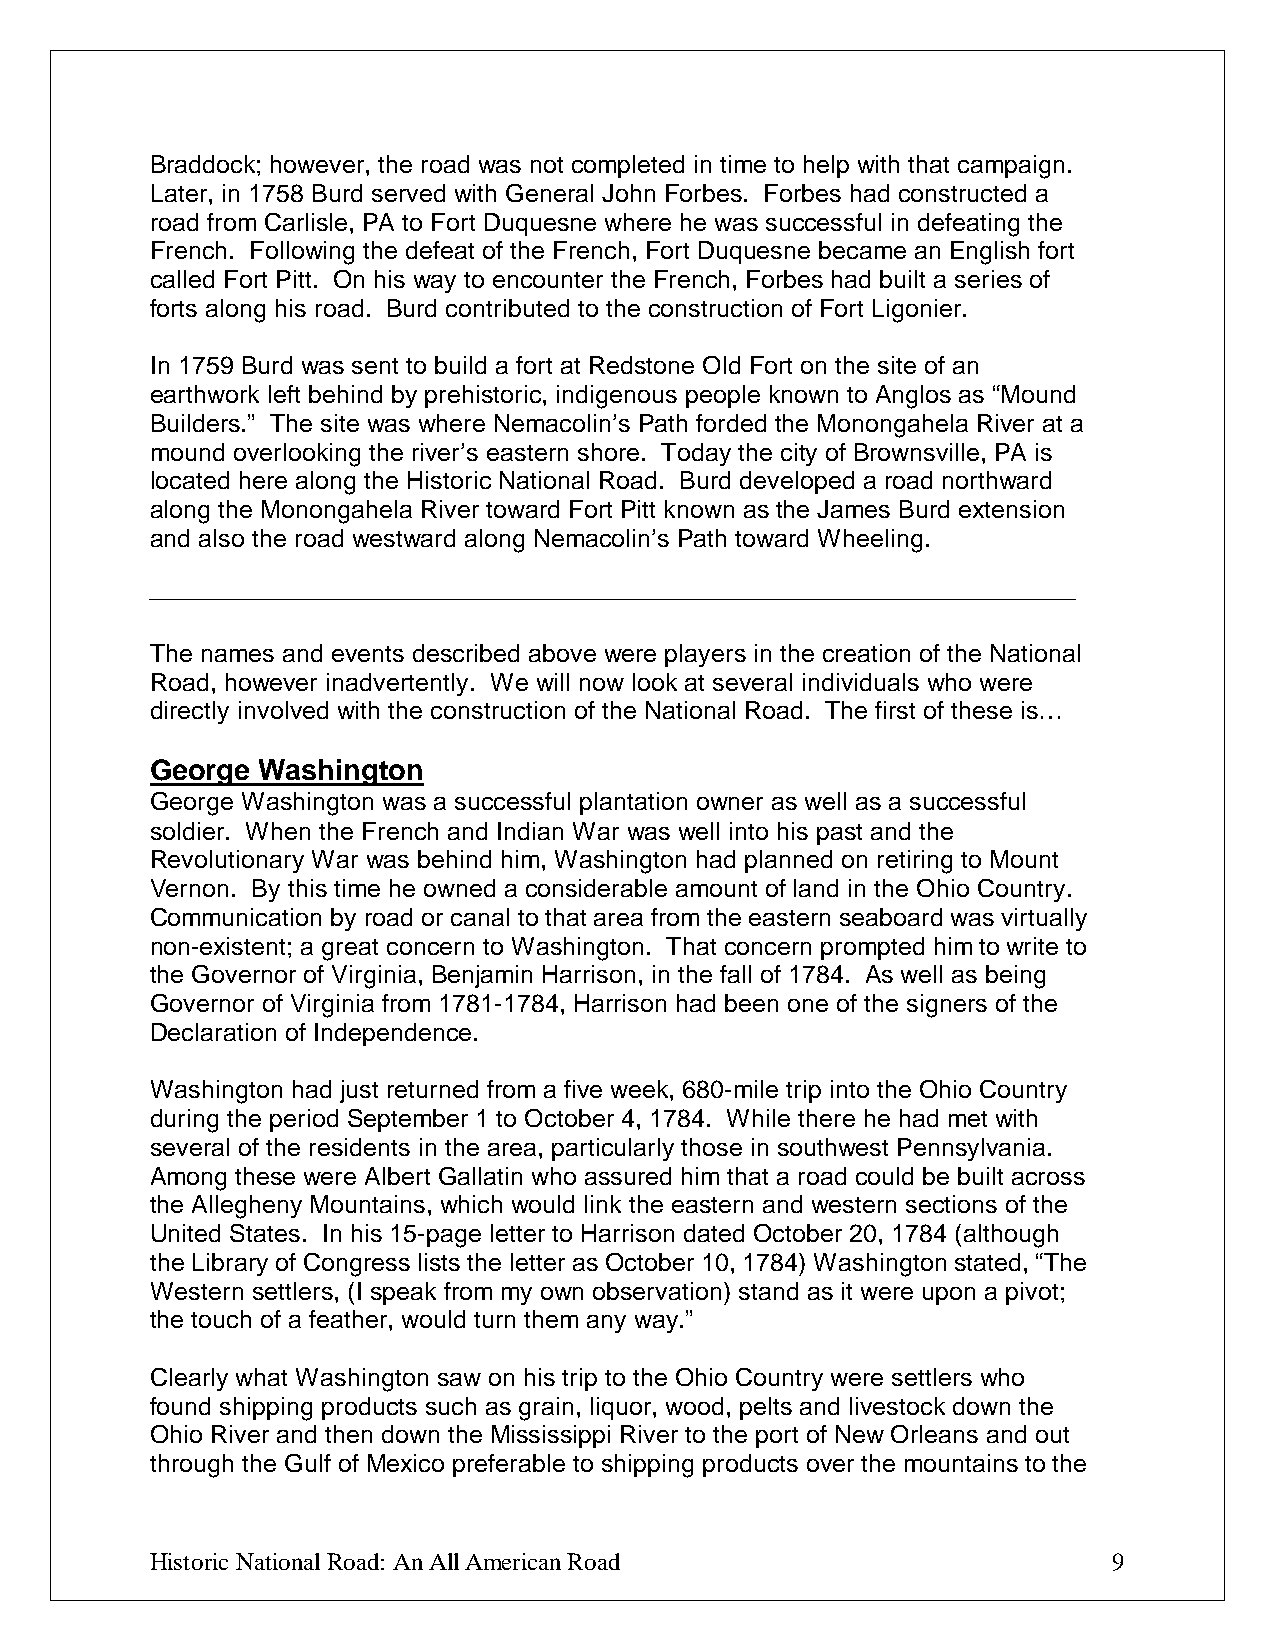
Braddock; however, the road was not completed in time to help with that campaign.
 Later, in 1758 Burd served with General John Forbes. Forbes had constructed a
 road from Carlisle, PA to Fort Duquesne where he was successful in defeating the
 French. Following the defeat of the French, Fort Duquesne became an English fort
 called Fort Pitt. On his way to encounter the French, Forbes had built a series of
 forts along his road. Burd contributed to the construction of Fort Ligonier.
 In 1759 Burd was sent to build a fort at Redstone Old Fort on the site of an
 earthwork left behind by prehistoric, indigenous people known to Anglos as “Mound
 Builders.” The site was where Nemacolin’s Path forded the Monongahela River at a
 mound overlooking the river’s eastern shore. Today the city of Brownsville, PA is
 located here along the Historic National Road. Burd developed a road northward
 along the Monongahela River toward Fort Pitt known as the James Burd extension
 and also the road westward along Nemacolin’s Path toward Wheeling.
 The names and events described above were players in the creation of the National
 Road, however inadvertently. We will now look at several individuals who were
 directly involved with the construction of the National Road. The first of these is…
 George Washington
 George Washington was a successful plantation owner as well as a successful
 soldier. When the French and Indian War was well into his past and the
 Revolutionary War was behind him, Washington had planned on retiring to Mount
 Vernon. By this time he owned a considerable amount of land in the Ohio Country.
 Communication by road or canal to that area from the eastern seaboard was virtually
 non-existent; a great concern to Washington. That concern prompted him to write to
 the Governor of Virginia, Benjamin Harrison, in the fall of 1784. As well as being
 Governor of Virginia from 1781-1784, Harrison had been one of the signers of the
 Declaration of Independence.
 Washington had just returned from a five week, 680-mile trip into the Ohio Country
 during the period September 1 to October 4, 1784. While there he had met with
 several of the residents in the area, particularly those in southwest Pennsylvania.
 Among these were Albert Gallatin who assured him that a road could be built across
 the Allegheny Mountains, which would link the eastern and western sections of the
 United States. In his 15-page letter to Harrison dated October 20, 1784 (although
 the Library of Congress lists the letter as October 10, 1784) Washington stated, “The
 Western settlers, (I speak from my own observation) stand as it were upon a pivot;
 the touch of a feather, would turn them any way.”
 Clearly what Washington saw on his trip to the Ohio Country were settlers who
 found shipping products such as grain, liquor, wood, pelts and livestock down the
 Ohio River and then down the Mississippi River to the port of New Orleans and out
 through the Gulf of Mexico preferable to shipping products over the mountains to the
 Historic National Road: An All American Road                    9